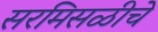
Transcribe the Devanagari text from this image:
सरमिसळीचे